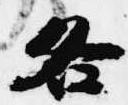
各